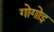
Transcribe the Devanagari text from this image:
गोगोइ